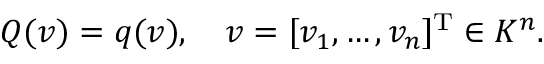
Q ( v ) = q ( v ) , \quad v = [ v _ { 1 } , \ldots , v _ { n } ] ^ { \mathrm { T } } \in K ^ { n } .